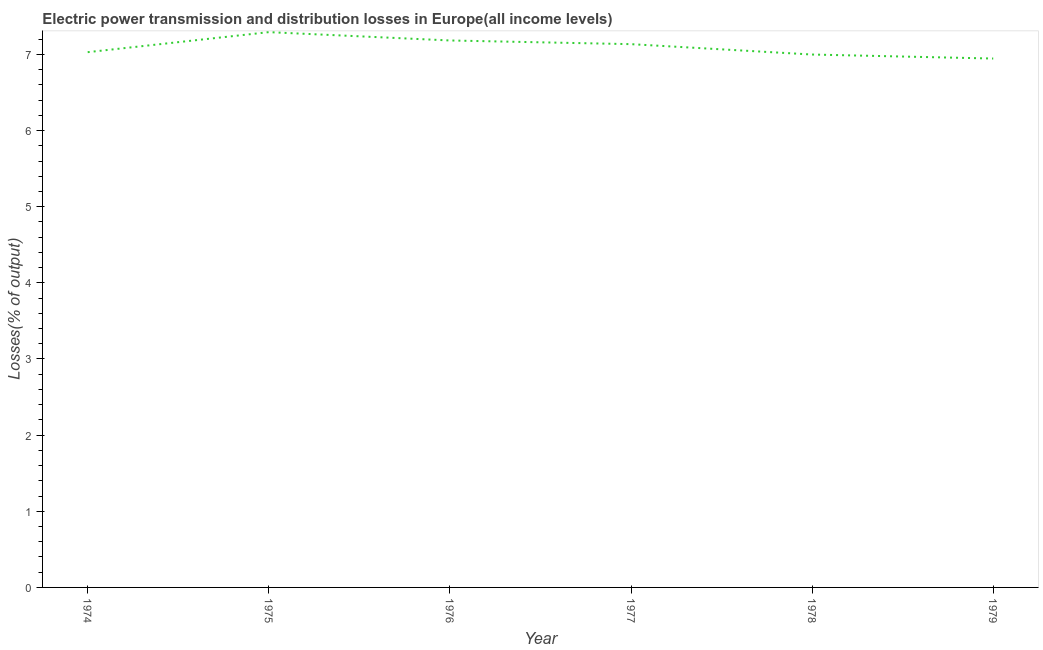
| Year | Electric power transmission and distribution losses |
 | --- | --- |
 | 1974 | 7.03 |
 | 1975 | 7.29 |
 | 1976 | 7.18 |
 | 1977 | 7.13 |
 | 1978 | 7 |
 | 1979 | 6.95 |